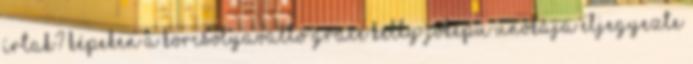
írtak? Képeken a korcsolyaváltó Grace Kelly jóképű unokája eljegyezte